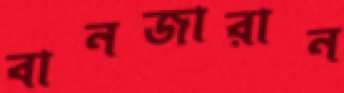
বানজারান